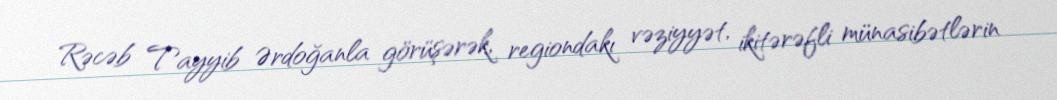
Rəcəb Tayyib Ərdoğanla görüşərək, regiondakı vəziyyət, ikitərəfli münasibətlərin